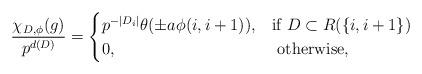
LaTeX: \begin{align*}\frac{\chi_{D,\phi}(g)}{p^{d(D)}}= \begin{cases} p^{-|D_i|} \theta(\pm a \phi(i,i+1)), & \mbox{if } D \subset R(\{i,i+1\}) \\ 0, & \mbox{ otherwise,} \end{cases}\end{align*}